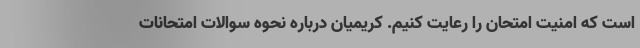
است که امنیت امتحان را رعایت کنیم. کریمیان درباره نحوه سوالات امتحانات